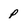
Character: p